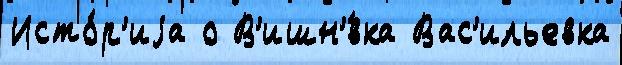
Исто́р'иjа о В'ишн'́вка Вас'ильевка